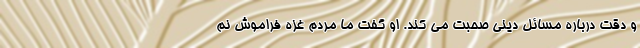
و دقت درباره مسائل دینی صحبت می کند. او گفت ما مردم غزه فراموش نم